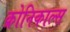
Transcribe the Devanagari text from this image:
क्रोनिकाल्स